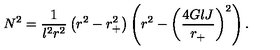
N ^ { 2 } = \frac { 1 } { l ^ { 2 } r ^ { 2 } } \left( r ^ { 2 } - r _ { + } ^ { 2 } \right) \left( r ^ { 2 } - \left( \frac { 4 G l J } { r _ { + } } \right) ^ { 2 } \right) .